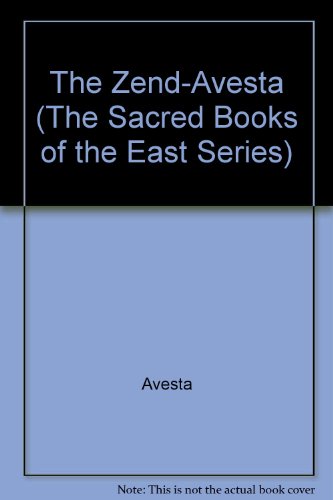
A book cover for The Zend-Avesta (The Sacred Books of the East Series); Religion & Spirituality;